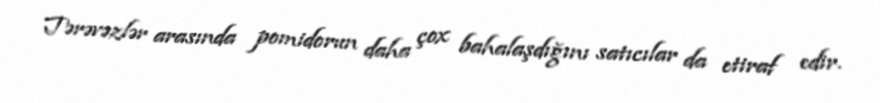
Tərəvəzlər arasında pomidorun daha çox bahalaşdığını satıcılar da etiraf edir.